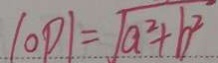
\vert O P \vert = \sqrt { a ^ { 2 } + b ^ { 2 } }